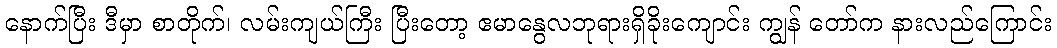
နောက်ပြီး ဒီမှာ စာတိုက်၊ လမ်းကျယ်ကြီး ပြီးတော့ ဧမာနွေလဘုရားရှိခိုးကျောင်း ကျွန် တော်က နားလည်ကြောင်း